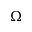
\Omega